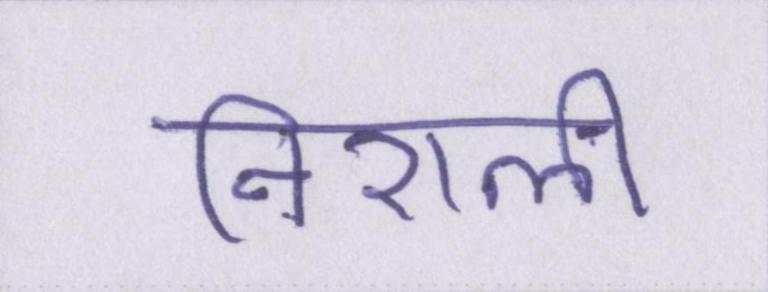
निराली